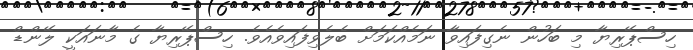
ހިސްޕޭރިޔާ މި ބަހުން ނެގިފައިވާ ނަމެއްކަމަށް ބެލެވިފައިވެއެވެ. ހިސްޕޭރިޔާ ގެ މާނައަކީ ލޭންޑް